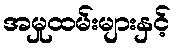
အမှုထမ်းများနှင့်